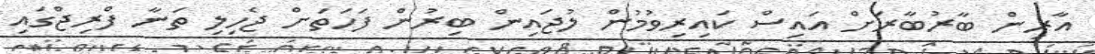
އާރިން ބާރުބާރަށް އައިސް ކައިރިވުމުން ލުޖައިން ބިރުން ފަހަތަށް ޖެހިލި ތަނާ ފްރިޖްގައި